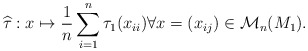
\begin{align*}\widehat{\tau}:x\mapsto\frac{1}{n}\sum_{i=1}^{n}\tau_{1}(x_{ii}) \forall x = (x_{ij}) \in \mathcal{M}_{n}(M_{1}).\end{align*}